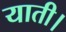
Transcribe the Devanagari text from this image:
याती।